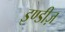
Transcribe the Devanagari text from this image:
इण्डीज़